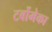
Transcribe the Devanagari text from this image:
टर्बोमेका